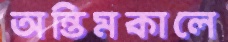
অন্তিমকালে